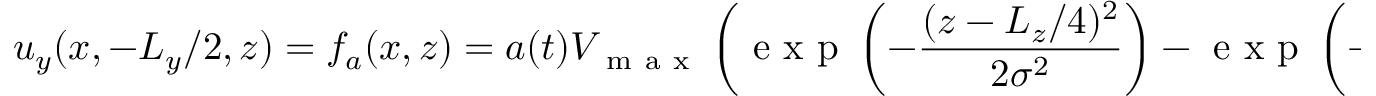
u _ { y } ( x , - L _ { y } / 2 , z ) = f _ { a } ( x , z ) = a ( t ) V _ { \mathrm { ~ m ~ a ~ x ~ } } \left( \mathrm { ~ e ~ x ~ p ~ } \left( - \frac { ( z - L _ { z } / 4 ) ^ { 2 } } { 2 \sigma ^ { 2 } } \right) - \mathrm { ~ e ~ x ~ p ~ } \left( - \frac { ( z - 3 L _ { z } / 4 ) ^ { 2 } } { 2 \sigma ^ { 2 } } \right) \right) .